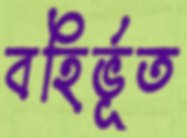
বহির্ভূত